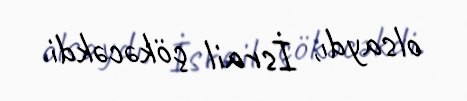
olsaydı, İsrail çökəcəkdi.